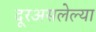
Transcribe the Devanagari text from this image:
दूरअसलेल्या